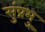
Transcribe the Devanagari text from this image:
सुंप्रभु